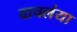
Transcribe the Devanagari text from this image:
वाचलंया